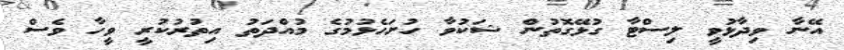
އޭނާ ވިދާޅުވީ ލިސްޓާ ގުޅޭގޮތުން ޝަކުވާ ހުށަހެޅުމުގެ މުއްދަތު އިތުރުކުރީ ވީހާ ވެސް